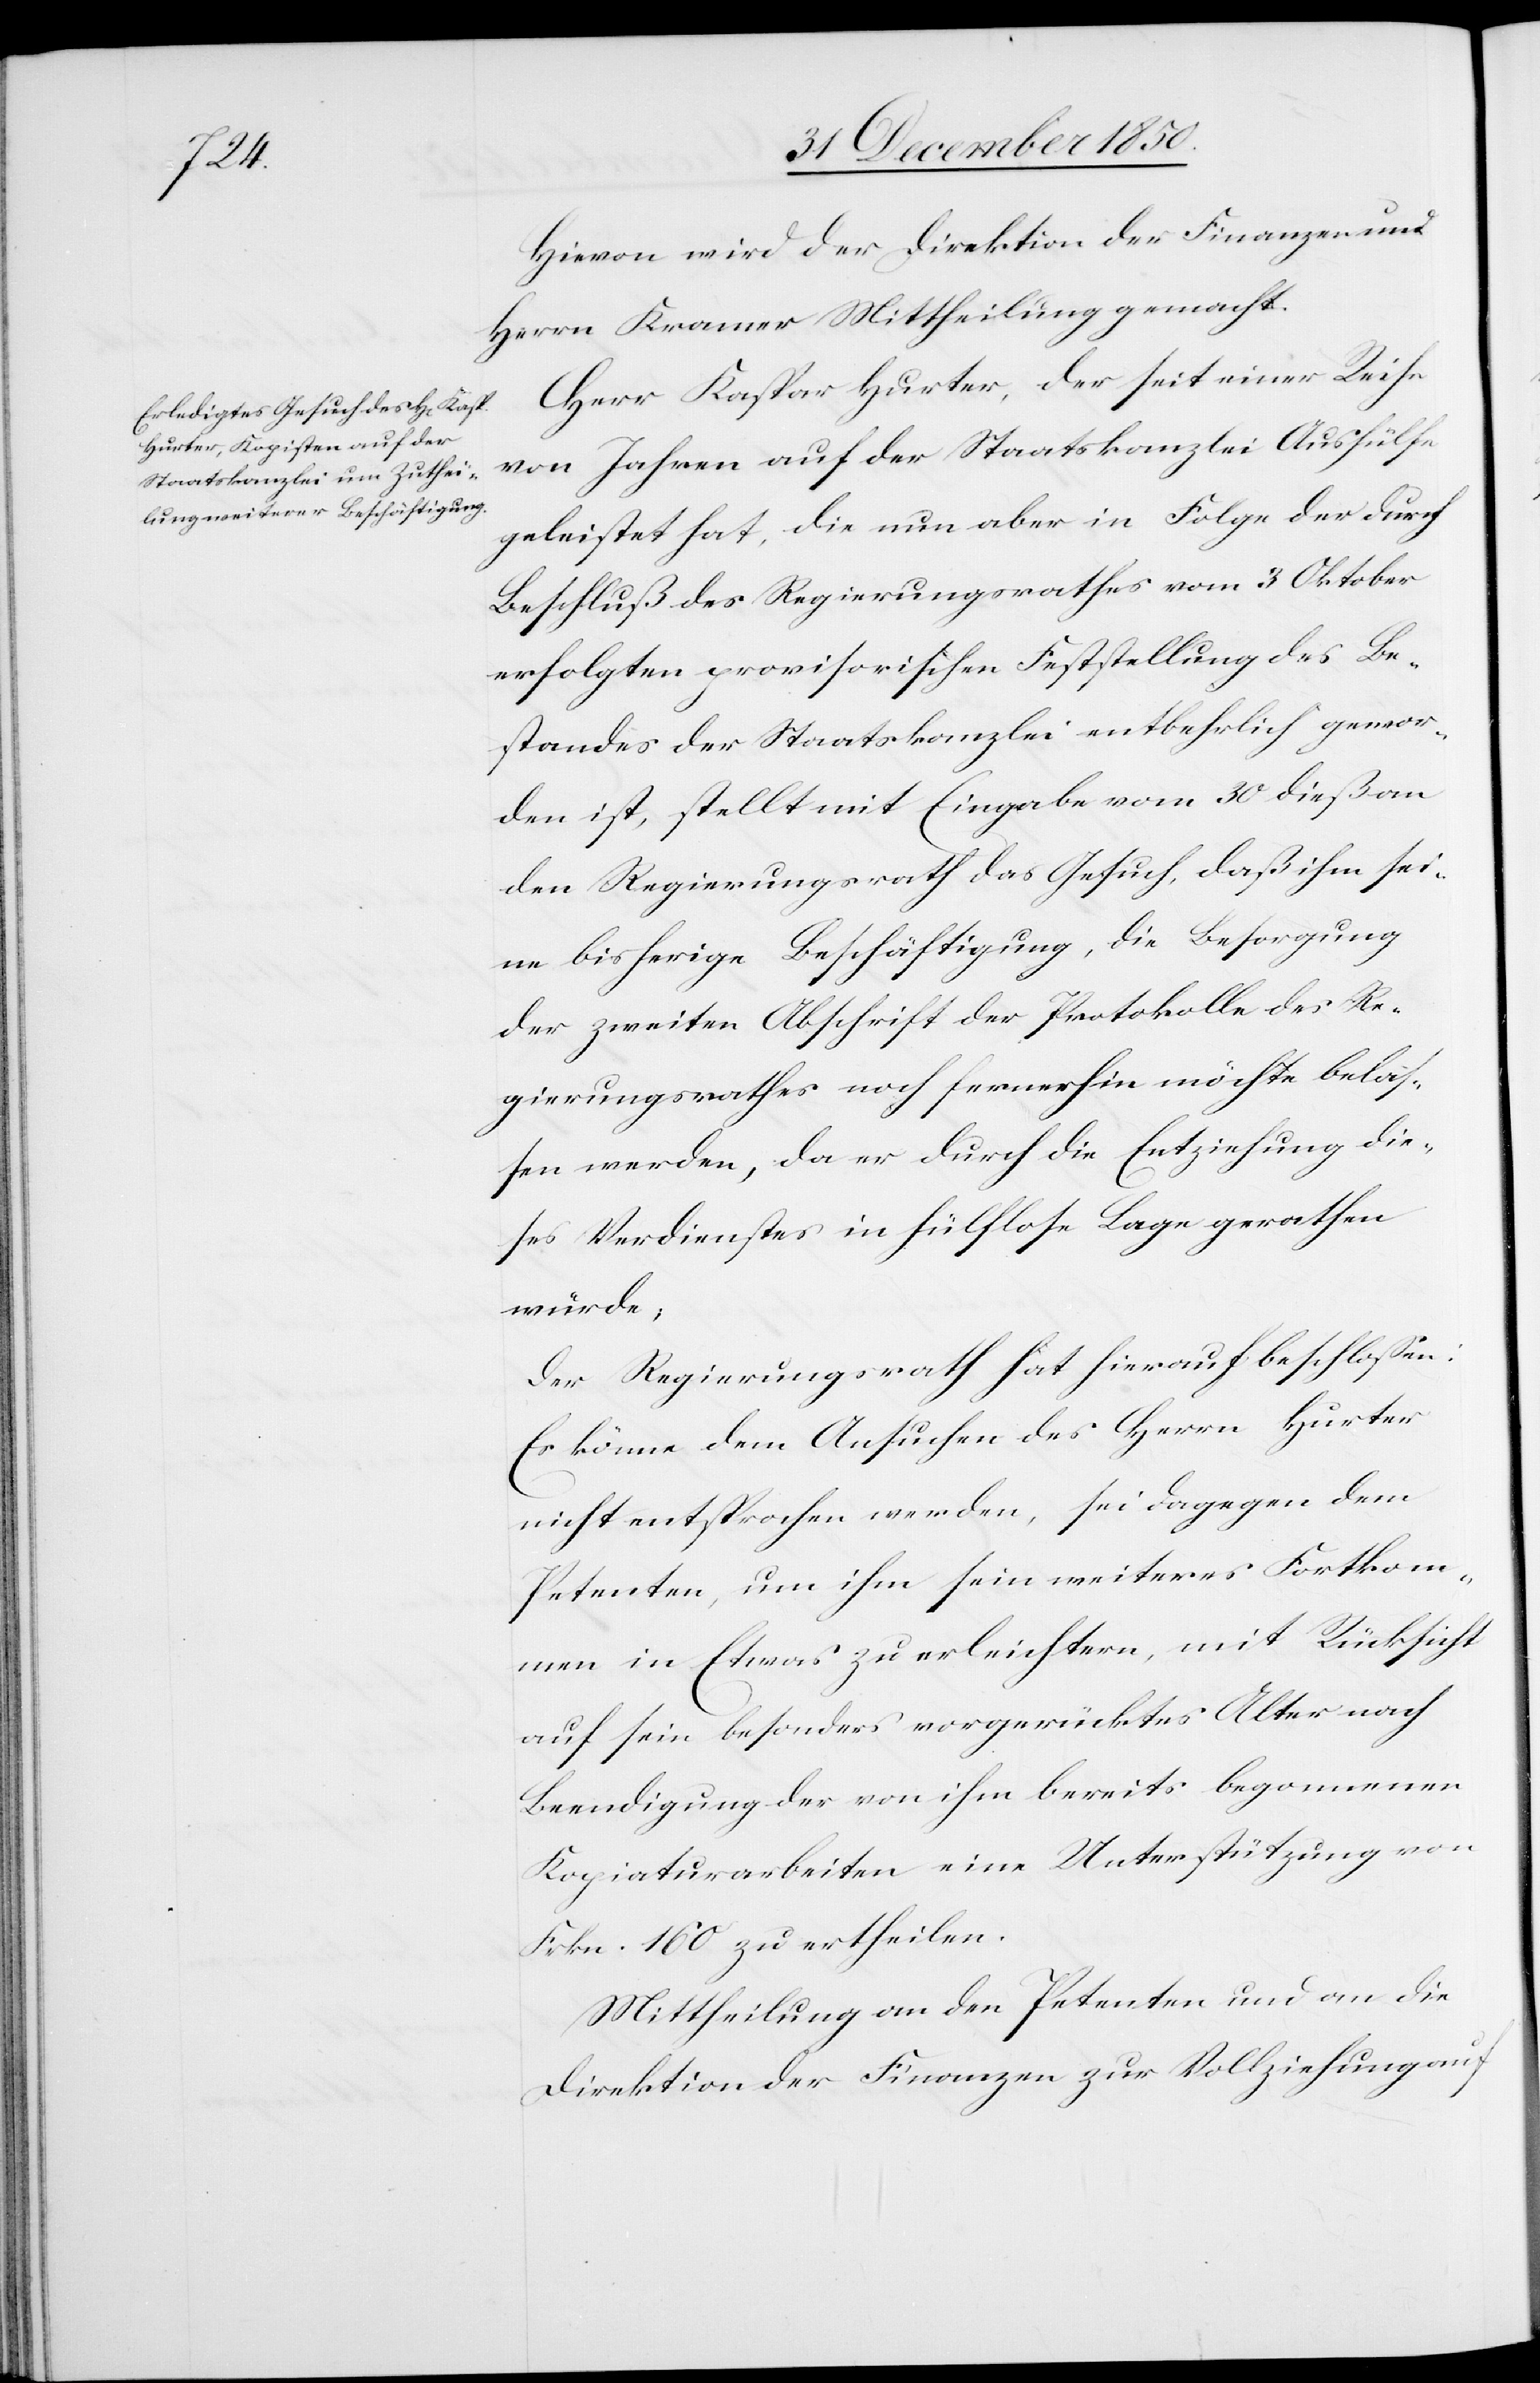
Hievon wird der Direktion der Finanzen und
Herrn Kramer Mittheilung gemacht.
Herr Kaspar Hurter, der seit einer Reihe
von Jahren auf der Staatskanzlei Aushülfe
geleistet hat, die nun aber in Folge der durch
Beschluß des Regierungsrathes vom 3 Oktober
erfolgten provisorischen Feststellung des Be¬
standes der Staatskanzlei entbehrlich gewor¬
den ist, stellt mit Eingabe vom 30 dieß an
den Regierungsrath das Gesuch, daß ihm sei¬
ne bisherige Beschäftigung, die Besorgung
der zweiten Abschrift der Protokolle des Re¬
gierungsrathes noch fernerhin möchte belas¬
sen werden, da er durch die Entziehung die¬
ses Verdienstes in hülflose Lage gerathen
würde,
Der Regierungsrath hat hierauf beschlossen:
Es könne dem Ansuchen des Herrn Hurter
nicht entsprochen werden, sei dagegen dem
Petenten, um ihm sein weiteres Fortkom¬
men in Etwas zu erleichtern, mit Rücksicht
auf sein besonders vorgerücktes Alter nach
Beendigung der von ihm bereits begonnenen
Kopiaturarbeiten eine Unterstützung von
Frkn. 160 zu ertheilen.
Mittheilung an den Petenten und an die
Direktion der Finanzen zur Vollziehung auf